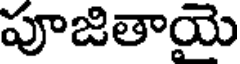
పూజితాయె